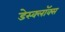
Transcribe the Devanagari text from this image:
डेस्क्लॉक्स